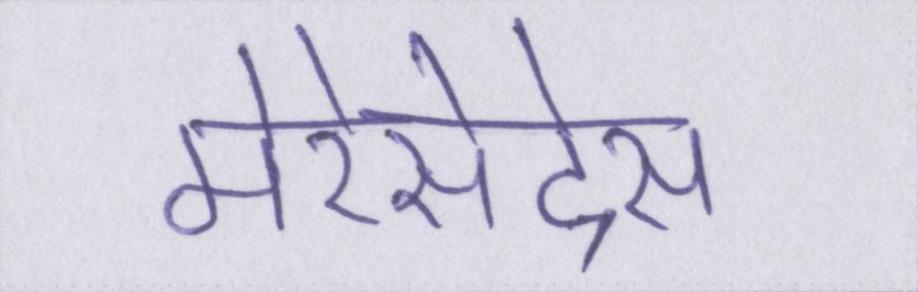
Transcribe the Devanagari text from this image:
मेरेसेदेस